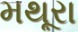
મથૂરા